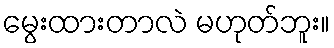
မွေးထားတာလဲ မဟုတ်ဘူး။